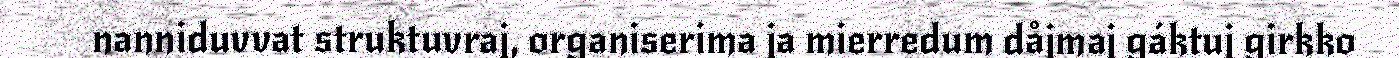
nanniduvvat struktuvraj, organiserima ja mierredum dåjmaj gáktuj girkko